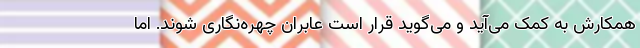
همکارش به کمک می‌آید و می‌گوید قرار است عابران چهره‌نگاری شوند. اما